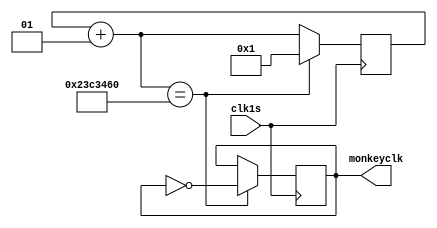
`timescale 1ns / 1ps
//////////////////////////////////////////////////////////////////////////////////
// Company: 
// Engineer: 
// 
// Design Name: 
// Module Name:    asd 
// Project Name: 
// Target Devices: 
// Tool versions: 
// Description: 
//
// Dependencies: 
//
// Revision: 
// Revision 0.01 - File Created
// Additional Comments: 
//
//////////////////////////////////////////////////////////////////////////////////
module clkdivider(monkeyclk,clk1s
    );
	 
	 //this clock divider takes the clock in the basys card
	 //and transforms it to 1.33 Hz clock
	 integer count;
    initial count = 0;
	 input clk1s;
	 output reg monkeyclk;
	 initial monkeyclk = 0;

	 
	 always @(posedge clk1s) begin //0.75s clk
	 count = count + 1;
	 if(count == 37500000) begin
	 count = 1;
	 monkeyclk = ~monkeyclk;
	 end
	 end

endmodule